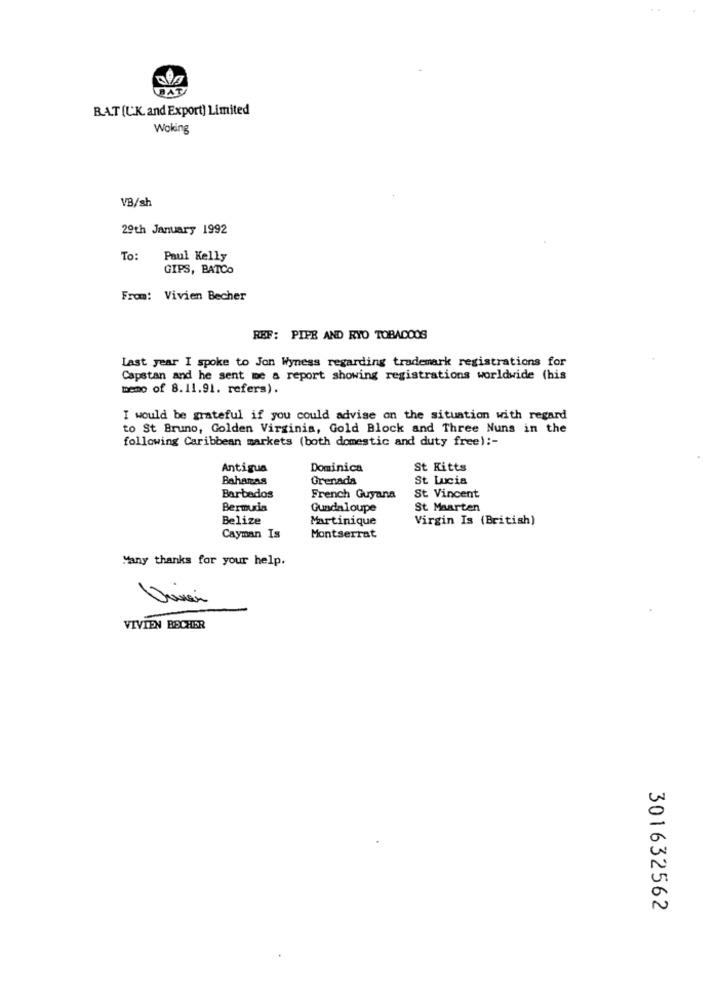
BAT
BAT (LK. and Export) Limited
Woking
VB/sh
29th January 1992
To:
Paul Kelly
GIPS, BATCO
From: Vivien Becher
REF: PIPE AND RYO TOBACOOS
Last year I spoke to Jon Wyness regarding trademark registrations for
Capstan and he sent me a report showing registrations worldwide (his
memo of 8.11.91. refers).
I would be grateful if you could advise on the situation with regard
to St Bruno, Golden Virginia, Gold Block and Three Nuns in the
following Caribbean markets (both domestic and duty free) :-
Antigua
Dominica
St Kitts
Bahamas
Grenada
St Lucia
Barbados
French Guyana
St Vincent
Bermuda
Guadaloupe
St Maarten
Belize
Martinique
Virgin Is (British)
Cayman Is
Montserrat
Many thanks for your help.
VIVIEN BECHER
301632562